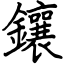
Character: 鑲